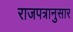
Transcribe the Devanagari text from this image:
राजपत्रानुसार